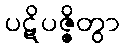
ပဋိပဇ္ဇိတွာ